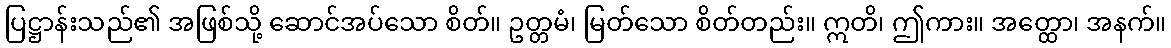
ပြဋ္ဌာန်းသည်၏ အဖြစ်သို့ ဆောင်အပ်သော စိတ်။ ဥတ္တမံ၊ မြတ်သော စိတ်တည်း။ ဣတိ၊ ဤကား။ အတ္ထော၊ အနက်။